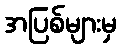
အပြစ်များမှ